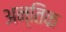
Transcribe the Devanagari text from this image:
अन्तिक